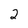
Character: 2